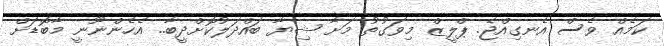
ކަމެއް ވެސް އެނގިއްޖެ. ޕްލީޒް މިވަގުތު މަށާ ޝިޔާ ބައްދަލުކޮށްދީބާ.. އެހެންނޫނީ މާބޮޑަށް